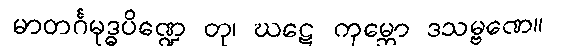
မာတင်္ဂမုဒ္ဓပိဏ္ဍေ တု၊ ဃဋေ ကုမ္ဘော ဒသမ္ဗဏေ။